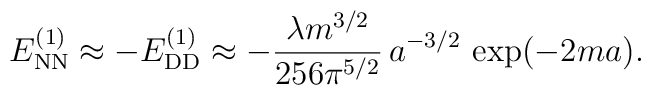
E_{\rm NN}^{(1)}\approx -E_{\rm DD}^{(1)}\approx -\frac{\lambda m^{3/2}}{256\pi^{5/2}}\,a^{-3/2}\,\exp(-2ma).